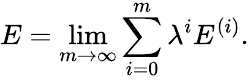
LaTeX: E=\operatorname*{lim}_{m\to\infty}\sum_{i=0}^{m}\lambda^{i}E^{(i)}.